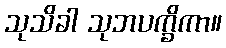
သုသိခါ သုဘပက္ခိကာ။